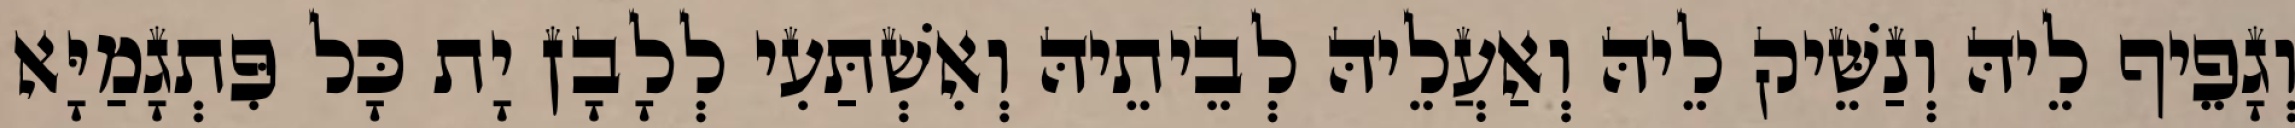
וְגָפֵיף לֵיהּ וְנַשֵּׁיק לֵיהּ וְאַעֲלֵיהּ לְבֵיתֵיהּ וְאִשְׁתַּעִי לְלָבָן יָת כָּל פִּתְגָמַיָּא